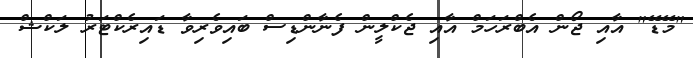
"މޭޑޭ" އާއި ޖޯން އެބްރަހަމް އާއި ޖެކްލީން ފެނާންޑިސް ބައިވެރިވާ ޑައިރެކްޓަރު ލަކްޝް